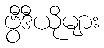
ဗွီဒီယိုများ